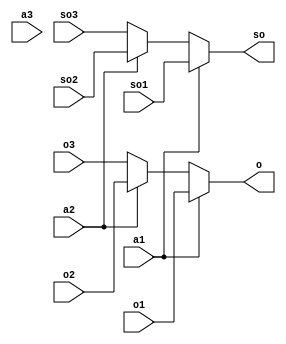
module d_mux( input wire a1, input wire a2, input wire a3, input wire [7:0] o1, input wire [7:0] o2, input wire [7:0] o3, output reg [7:0] o, input wire so1, input wire so2, input wire so3, output reg so);

always @(*) begin
	if(a1) begin o = o1; so = so1; end
	else if (a2) begin o = o2; so = so2; end
	else begin o = o3; so = so3; end
end
endmodule